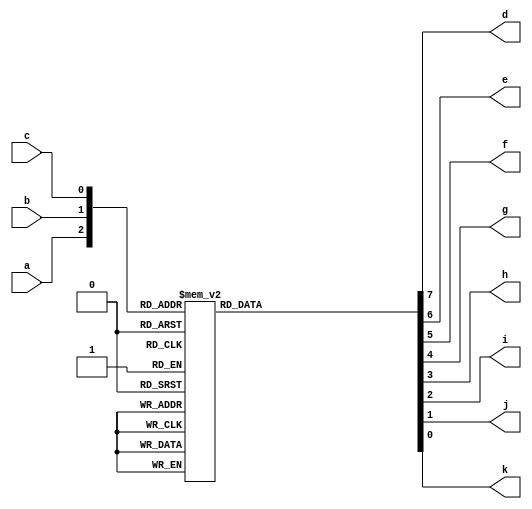
module decoder_two(a,b,c,d,e,f,g,h,i,j,k);
	input a,b,c;
	output d,e,f,g,h,i,j,k;
	reg d,e,f,g,h,i,j,k;
	always@(a or b or c)begin
		case({a,b,c})
			3'b000:{d,e,f,g,h,i,j,k}=8'b00000001;
			3'b001:{d,e,f,g,h,i,j,k}=8'b00000010;
			3'b010:{d,e,f,g,h,i,j,k}=8'b00000100;
			3'b011:{d,e,f,g,h,i,j,k}=8'b00001000;
			3'b100:{d,e,f,g,h,i,j,k}=8'b00010000;
			3'b101:{d,e,f,g,h,i,j,k}=8'b00100000;
			3'b110:{d,e,f,g,h,i,j,k}=8'b01000000;
			3'b111:{d,e,f,g,h,i,j,k}=8'b10000000;
		endcase
	end
endmodule